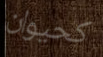
كحيوان